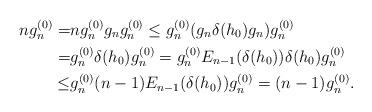
LaTeX: \begin{align*}ng_n^{(0)}=&ng_n^{(0)}g_ng_n^{(0)}\leq g_n^{(0)}(g_n\delta(h_0)g_n)g_n^{(0)}\\=&g_n^{(0)}\delta(h_0)g_n^{(0)}=g_n^{(0)}E_{n-1}(\delta(h_0))\delta(h_0)g_n^{(0)}\\\leq&g_n^{(0)}(n-1)E_{n-1}(\delta(h_0))g_n^{(0)}=(n-1)g_n^{(0)}.\end{align*}